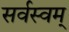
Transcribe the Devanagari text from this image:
सर्वस्वम्